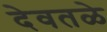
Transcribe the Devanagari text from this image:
देवतळे